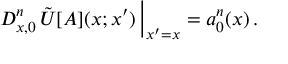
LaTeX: \left. D _ { x , 0 } ^ { n } \, \tilde { U } [ A ] ( x ; x ^ { \prime } ) \, \right\vert _ { x ^ { \prime } = x } = a _ { 0 } ^ { n } ( x ) \, .